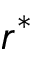
r ^ { \ast }